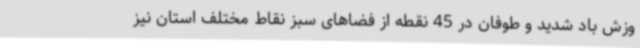
وزش باد شدید و طوفان در 45 نقطه از فضاهای سبز نقاط مختلف استان نیز